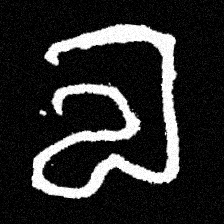
Pyu character \u2014 Myanmar letter: လ (romanized: la)